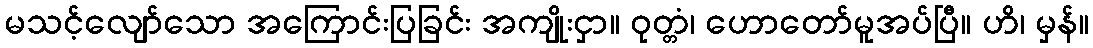
မသင့်လျော်သော အကြောင်းပြခြင်း အကျိုးငှာ။ ဝုတ္တံ၊ ဟောတော်မူအပ်ပြီ။ ဟိ၊ မှန်။